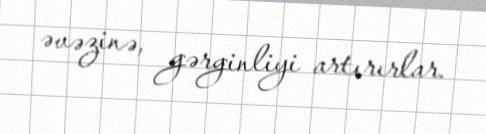
əvəzinə, gərginliyi artırırlar.